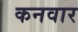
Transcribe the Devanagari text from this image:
कनवार